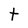
Character: t